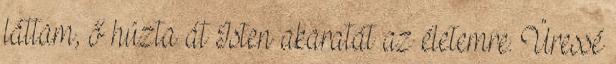
láttam, ő húzta át Isten akaratát az életemre. Üressé